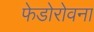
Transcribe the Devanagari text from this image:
फेडोरोवना